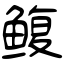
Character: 鳆